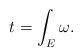
LaTeX: \begin{align*}t = \int_E \omega.\end{align*}